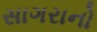
સાગરાનો